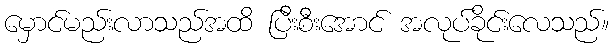
မှောင်မည်းလာသည်အထိ ပြီးစီးအောင် အလုပ်ခိုင်းလေသည်။